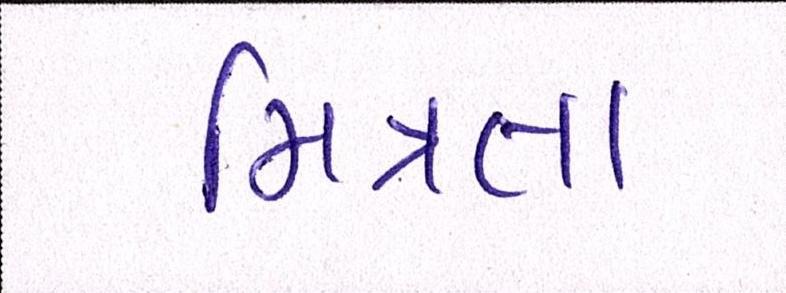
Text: મિત્રતા